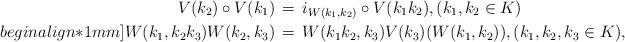
LaTeX: \begin{align*}V(k_2) \circ V(k_1) \,& = \, i_{W(k_1, k_2)}\circ V(k_1 k_2),(k_1, k_2 \in K) \\begin{align*}1mm]W(k_1, k_2k_3) W(k_2, k_3) \,& = \, W(k_1k_2, k_3) V(k_3)(W(k_1, k_2)),(k_1, k_2, k_3 \in K), \end{align*}